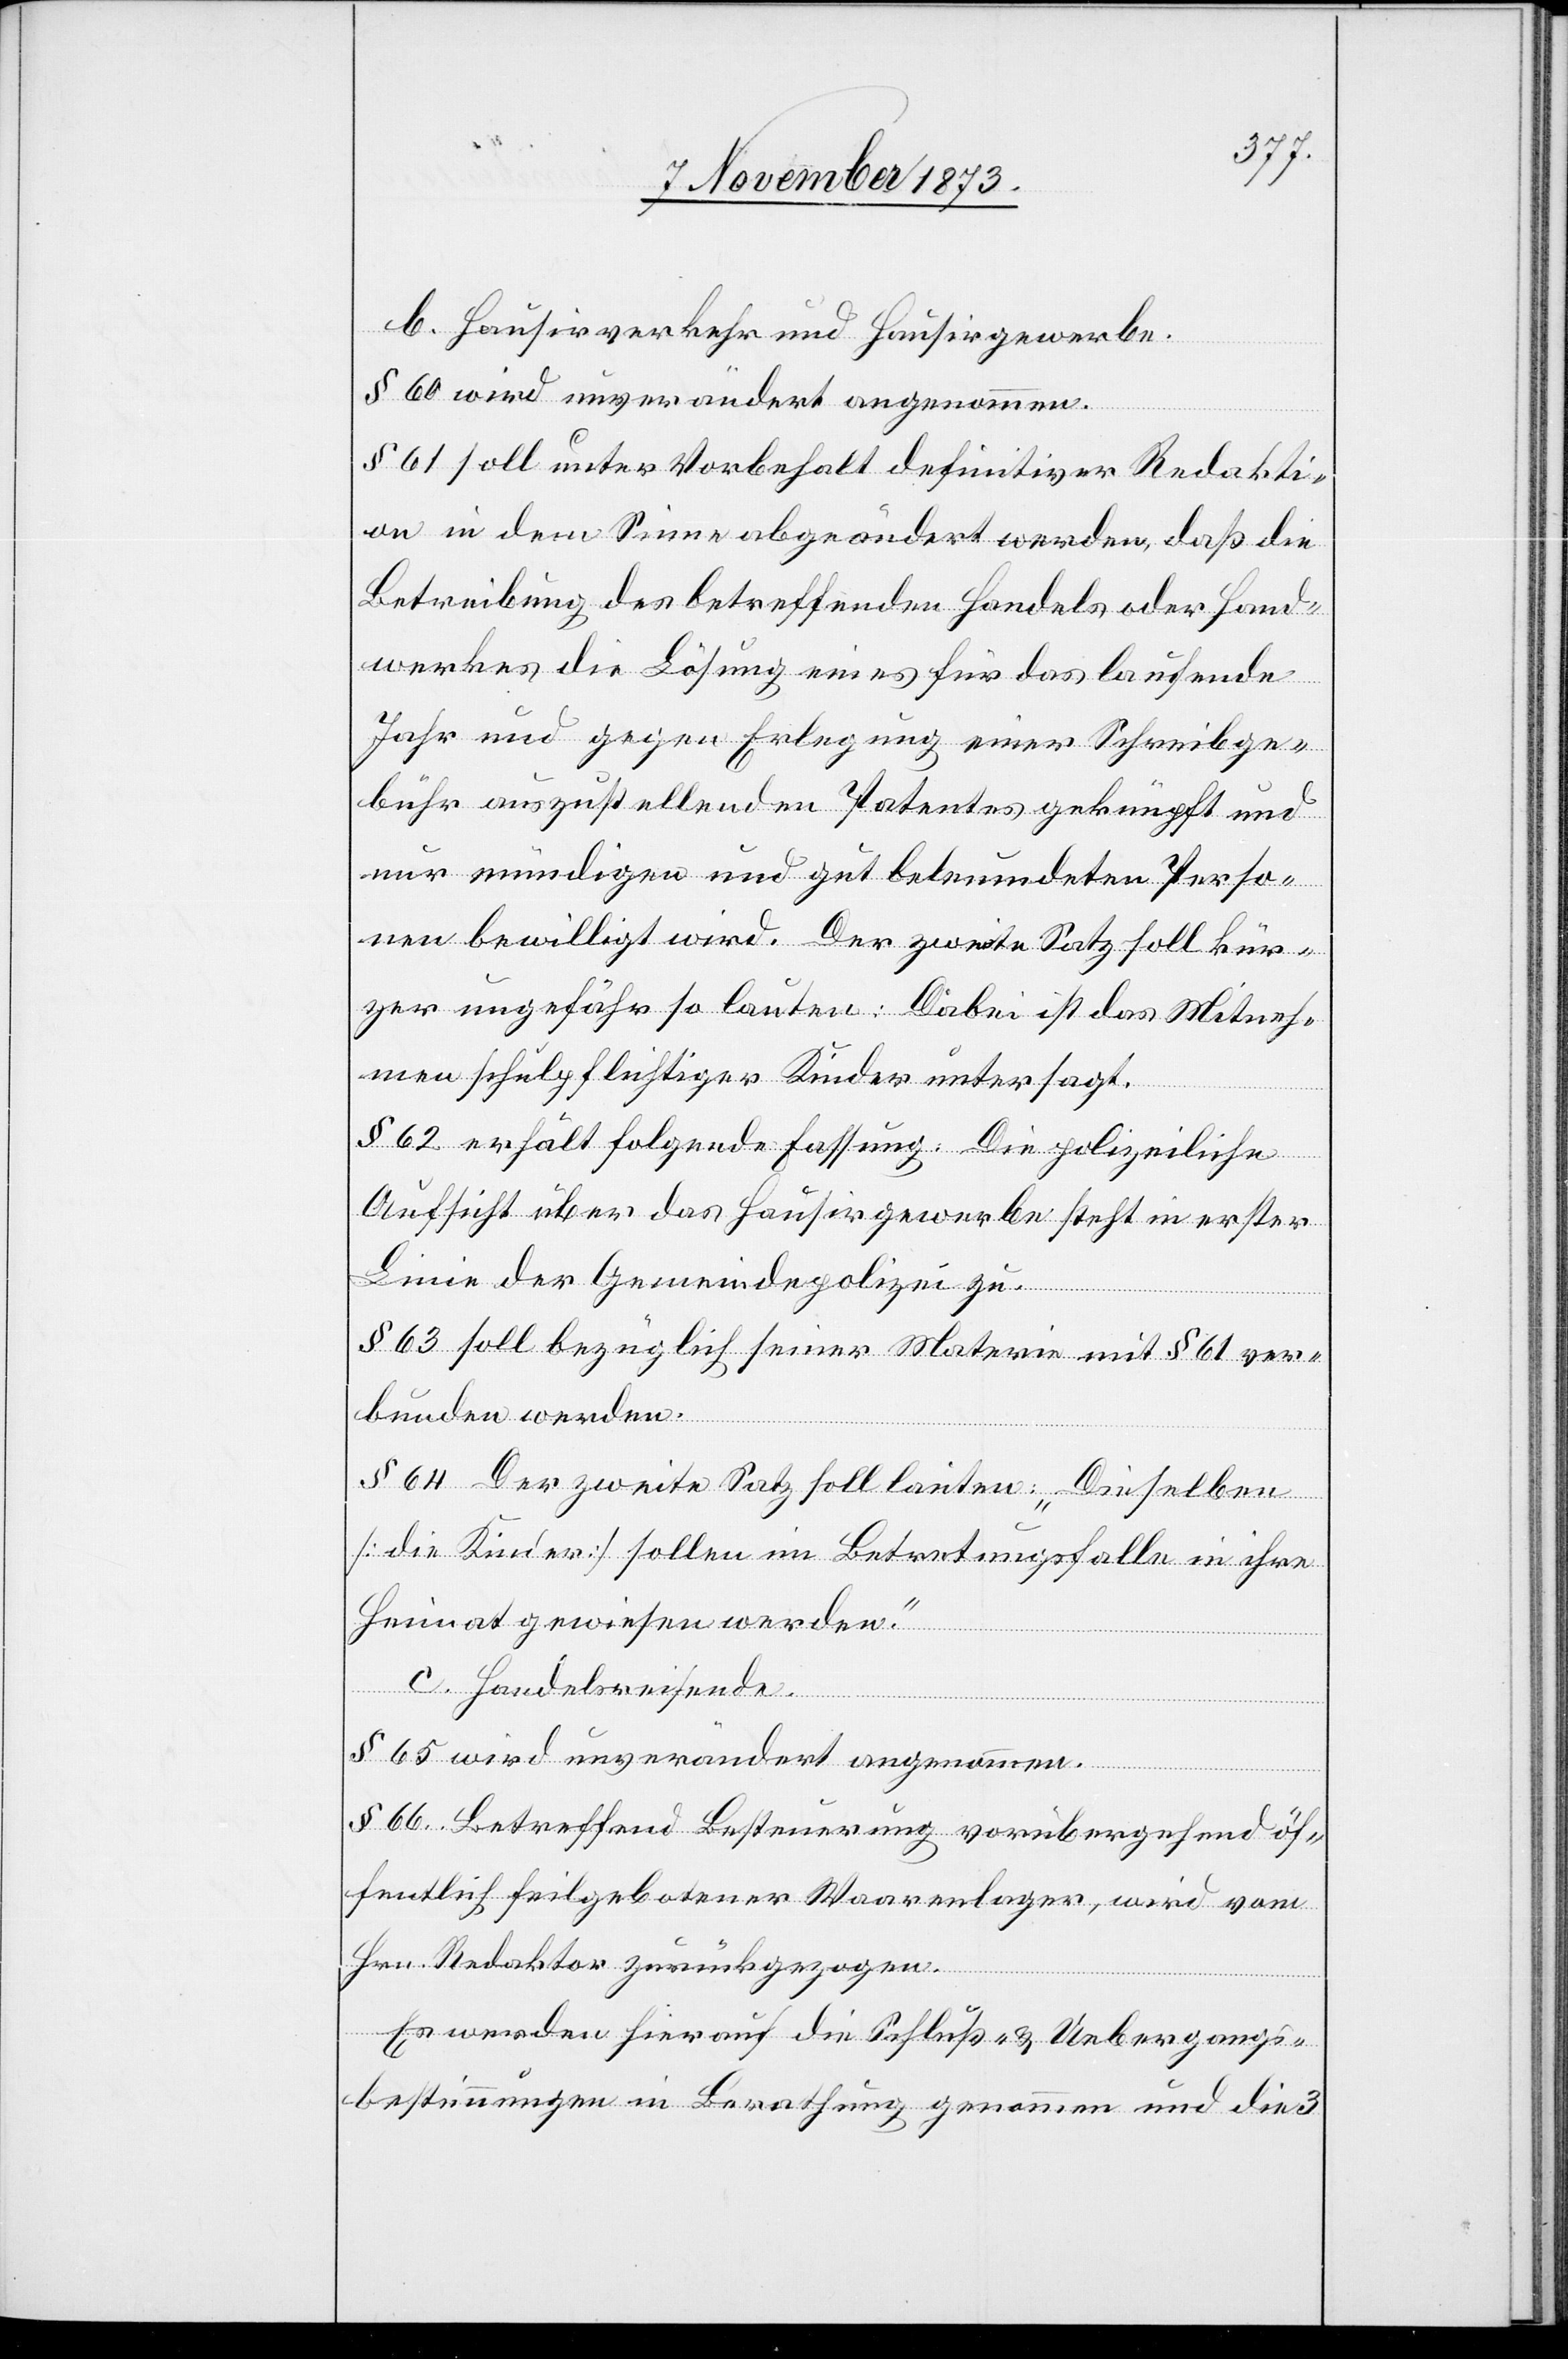
b. Hausirverkehr und Hausirgewerbe.
§ 60 wird unverändert angenommen.
§ 61 soll unter Vorbehalt definitiver Redakti¬
on in dem Sinne abgeändert werden, daß die
Betreibung des betreffenden Handels oder Hand¬
werkes [an] die Lösung eines für das laufende
Jahr und gegen Erlegung einer Schreibge¬
bühr auszustellenden Patentes geknüpft und
nur mündigen und gut beleumdeten Perso¬
nen bewilligt wird. Der zweite Satz soll kür¬
zer ungefähr so lauten: Dabei ist das Mitneh¬
men schulpflichtiger Kinder untersagt.
§ 62 erhält folgende Fassung: Die polizeiliche
Aufsicht über das Hausirgewerbe steht in erster
Linie der Gemeindepolizei zu.
§ 63 soll bezüglich seiner Materie mit § 61 ver¬
bunden werden.
§ 64 Der zweite Satz soll lauten: „Dieselben
[die Kinder] sollen im Betretungsfalle in ihre
Heimat gewiesen werden.“
c. Handelsreisende.
§ 65 wird unverändert angenommen.
§ 66. Betreffend Besteuerung vorübergehend öf¬
fentlich feilgebotener Waarenlager, wird vom
Hrn. Redaktor zurückgezogen.
Es werden hierauf die Schluß- & Uebergangs¬
bestimmungen in Berathung genommen und die 3